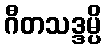
ဂီတသဒ္ဒမ္ပိ